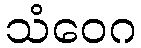
သံဝေဂ